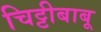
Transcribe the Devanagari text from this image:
चिट्टीबाबू